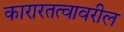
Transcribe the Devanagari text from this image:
कारारतत्वावरील